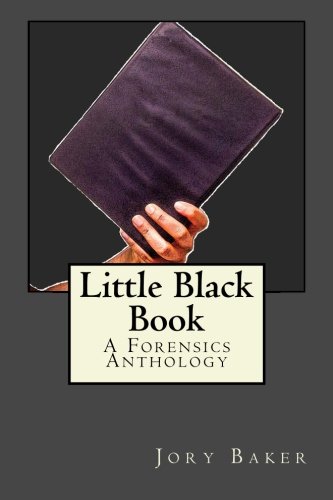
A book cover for Little Black Book: A Forensics Anthology; Jory Baker; Literature & Fiction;